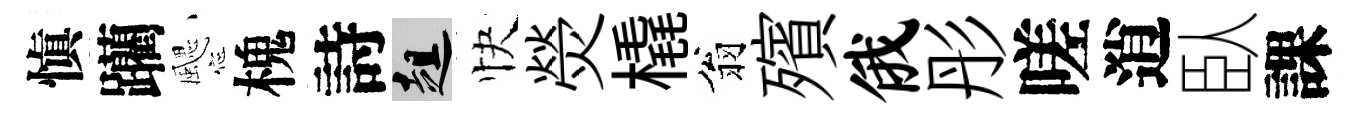
愼躪颸槐詩趄快熒橇翁殯俄彤嗟逍臥課